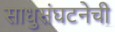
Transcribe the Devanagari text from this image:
साधुसंघटनेची